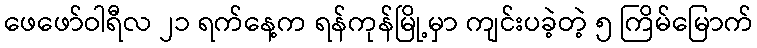
ဖေဖော်ဝါရီလ ၂၁ ရက်နေ့က ရန်ကုန်မြို့မှာ ကျင်းပခဲ့တဲ့ ၅ ကြိမ်မြောက်